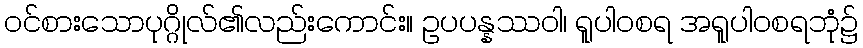
ဝင်စားသောပုဂ္ဂိုလ်၏လည်းကောင်း။ ဥပပန္နဿဝါ၊ ရူပါဝစရ အရူပါဝစရဘုံ၌